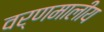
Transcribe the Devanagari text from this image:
वर्णमालीय